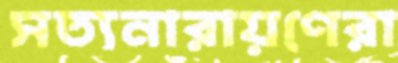
সত্যনারায়ণেরা